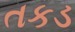
તકડ